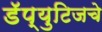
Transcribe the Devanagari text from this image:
डॅप्युटिजचे